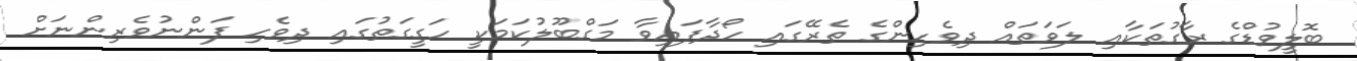
ބޮލީވުޑްގެ ރާގުތަކާއި ލަވަތައް ދިވެހިންގެ ތެރޭގައި ހޯދާފައިވާ މަގްބޫލުކަމަކީ ހަގީގަތުގައި ދިވެހި ފަންނުވެރިންނަށް